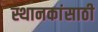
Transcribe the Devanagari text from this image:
स्थानकांसाठी